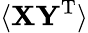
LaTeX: \langle\mathbf{XY^{\mathrm{{T}}}}\rangle